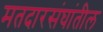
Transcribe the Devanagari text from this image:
मतदारसंघांतील